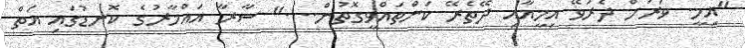
"އިމީ. ވަރަށް ދެރަވޭ އިމީއާއި ދޭތެރޭ ކަންތައްވީގޮތުން...." ސާރާ އައްމާރުގެ ކޮނޑުގައި އަތް